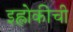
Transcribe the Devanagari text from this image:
इह्लोकीची